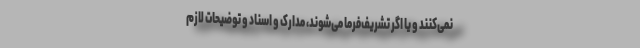
نمی‌کنند و یا اگر تشریف‌فرما می‌شوند، مدارک و اسناد و توضیحات لازم